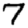
Digit: 7